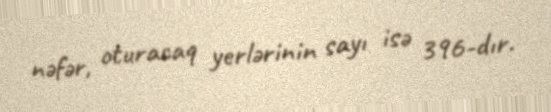
nəfər, oturacaq yerlərinin sayı isə 396-dır.